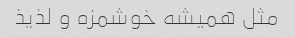
مثل همیشه خوشمزه و لذیذ